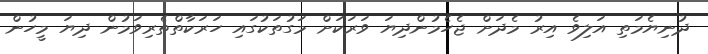
ދުނިޔެމަތި އަލިވެ އިރު މެދަށް ޖެހެމުންދިޔަ ވަރަކަށް މަގުތަކުގައި ހަރަކާތްތެރިވަމުން ދިޔަ މީހުން